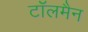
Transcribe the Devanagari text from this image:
टॉलमैन